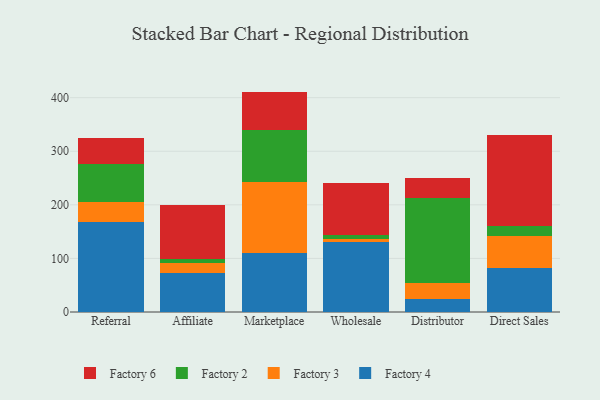
{"axis": {"x": "Channel", "y": "Churn Rate (%)"}, "legend": ["Factory 2", "Factory 3", "Factory 4", "Factory 6"], "data": [{"x": "Referral", "y": 167.4, "type": "Factory 4"}, {"x": "Referral", "y": 37.1, "type": "Factory 3"}, {"x": "Referral", "y": 71.9, "type": "Factory 2"}, {"x": "Referral", "y": 48.2, "type": "Factory 6"}, {"x": "Affiliate", "y": 72.9, "type": "Factory 4"}, {"x": "Affiliate", "y": 19.2, "type": "Factory 3"}, {"x": "Affiliate", "y": 6.2, "type": "Factory 2"}, {"x": "Affiliate", "y": 100.8, "type": "Factory 6"}, {"x": "Marketplace", "y": 109.4, "type": "Factory 4"}, {"x": "Marketplace", "y": 133.9, "type": "Factory 3"}, {"x": "Marketplace", "y": 96.9, "type": "Factory 2"}, {"x": "Marketplace", "y": 71.1, "type": "Factory 6"}, {"x": "Wholesale", "y": 131.3, "type": "Factory 4"}, {"x": "Wholesale", "y": 5.1, "type": "Factory 3"}, {"x": "Wholesale", "y": 8.0, "type": "Factory 2"}, {"x": "Wholesale", "y": 96.6, "type": "Factory 6"}, {"x": "Distributor", "y": 25.0, "type": "Factory 4"}, {"x": "Distributor", "y": 29.9, "type": "Factory 3"}, {"x": "Distributor", "y": 158.2, "type": "Factory 2"}, {"x": "Distributor", "y": 36.7, "type": "Factory 6"}, {"x": "Direct Sales", "y": 82.3, "type": "Factory 4"}, {"x": "Direct Sales", "y": 58.8, "type": "Factory 3"}, {"x": "Direct Sales", "y": 20.0, "type": "Factory 2"}, {"x": "Direct Sales", "y": 170.1, "type": "Factory 6"}]}